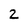
Character: 2